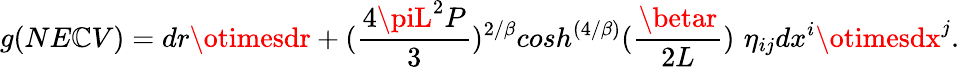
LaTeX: g(NE\mathbb{C}V)=dr\otimesdr+({\frac{{4\piL^{2}P}}{{3}}})^{2/\beta}cosh^{\left({4/\beta}\right)}({\frac{{\betar}}{{2L}}})\, \, \eta_{ij}dx^{i}\otimesdx^{j}.